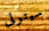
سيتولى